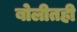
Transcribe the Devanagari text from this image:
बोलीतही